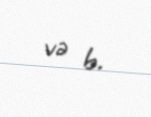
və b.